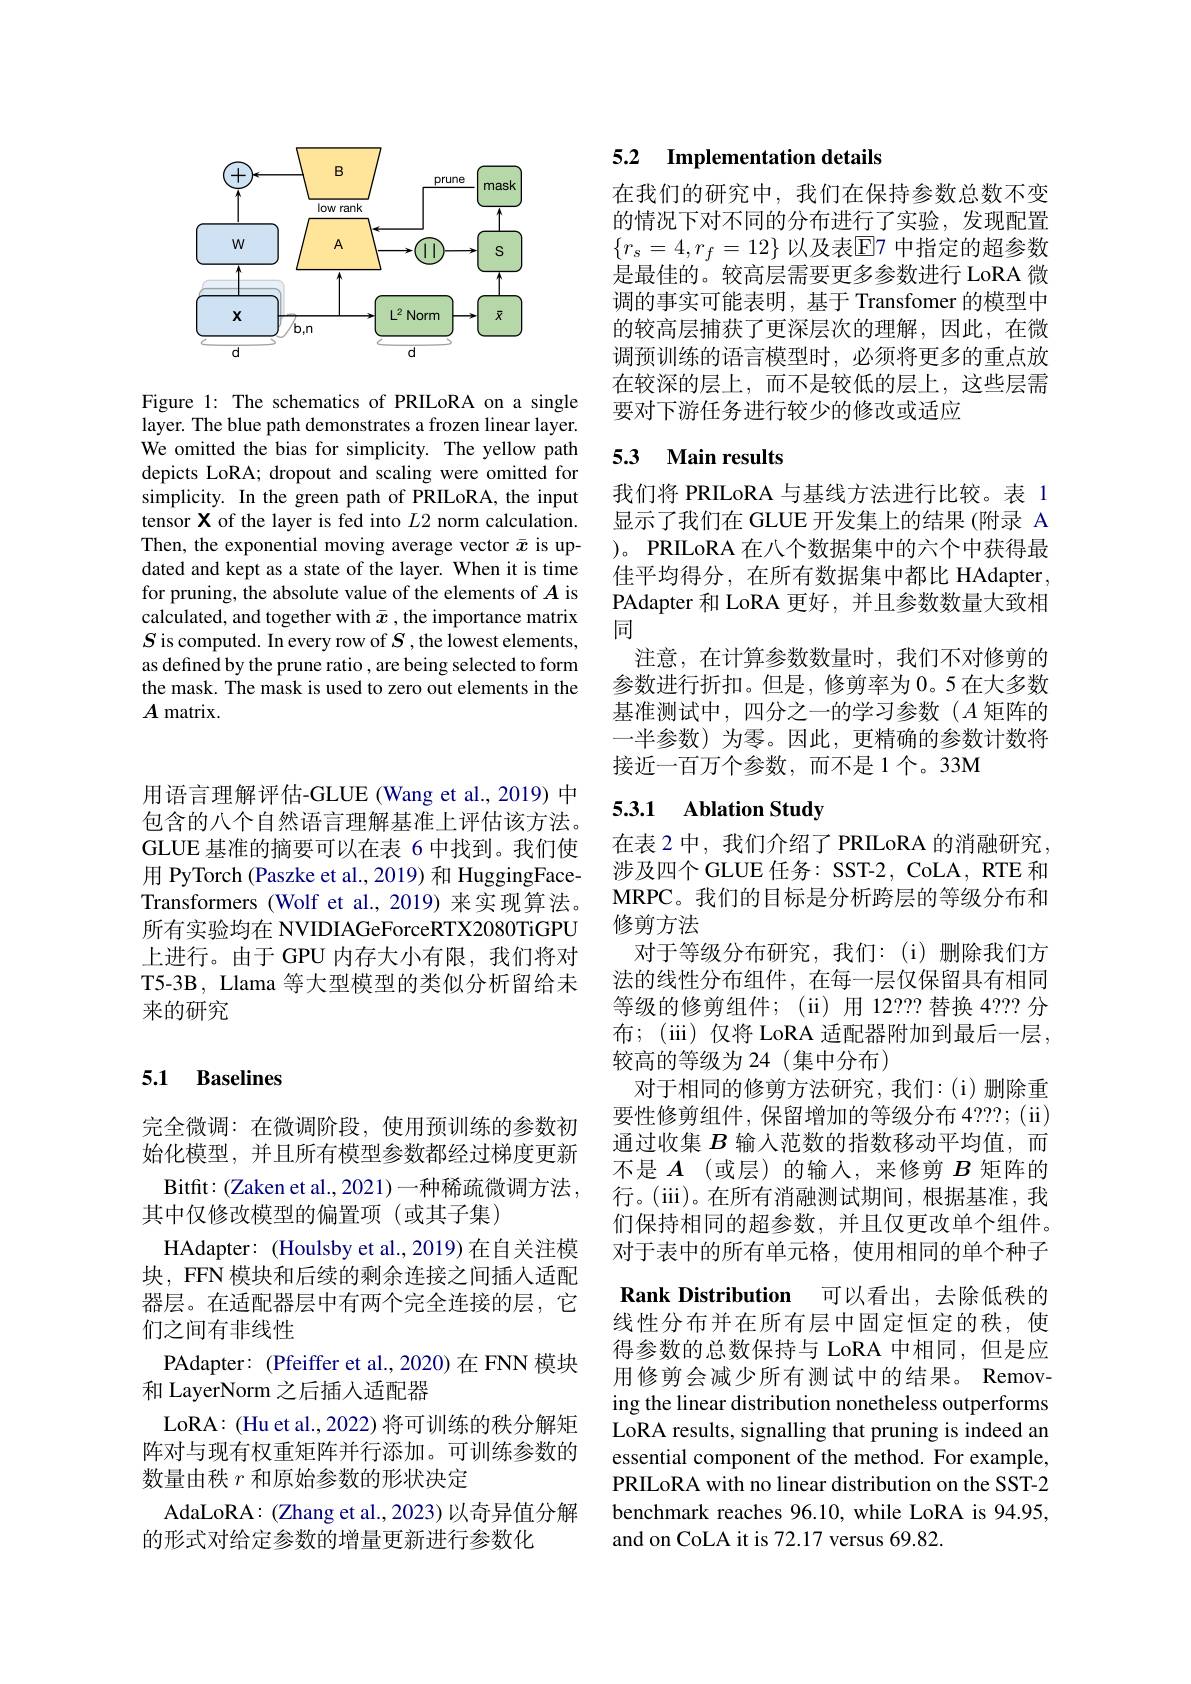
<FigureHere>

Figure 1: The schematics of PRILoRA on a single layer. The blue path demonstrates a frozen linear layer. We omitted the bias for simplicity. The yellow path depicts LoRA; dropout and scaling were omitted for simplicity. In the green path of PRILoRA, the input tensor X of the layer is fed into $L2$ norm calculation. Then, the exponential moving average vector $\bar{x}$ is updated and kept as a state of the layer. When it is time for pruning, the absolute value of the elements of $A$ is calculated, and together with $\bar{x}$ , the importance matrix $S$ is computed. In every row of $S$,the lowest elements, as defined by the prune ratio , are being selected to form the mask. The mask is used to zero out elements in the $A$ matrix.

用语言理解评估-GLUE (Wang et al., 2019) 中包含的八个自然语言理解基准上评估该方法。GLUE 基准的摘要可以在表 6 中找到。我们使用 PyTorch (Paszke et al., 2019) 和 HuggingFaceTransformers (Wolf et al.,2019) 来实现算法。所有实验均在 NVIDIAGeForceRTX2080TiGPU 上进行。由于 GPU 内存大小有限，我们将对T5-3B, Llama 等大型模型的类似分析留给未来的研究

## 5.1 Baselines

完全微调：在微调阶段，使用预训练的参数初始化模型，并且所有模型参数都经过梯度更新Bitfit:(Zaken et al., 2021)一种稀疏微调方法， 其中仅修改模型的偏置项(或其子集)
HAdapter: (Houlsby et al., 2019) 在自关注模块，FFN 模块和后续的剩余连接之间插人适配器层。在适配器层中有两个完全连接的层，它们之间有非线性
PAdapter: (Pfeiffer et al.,2020) 在 FNN 模块
和 LayerNorm 之后插人适配器
LoRA: (Hu et al., 2022) 将可训练的秩分解矩阵对与现有权重矩阵并行添加。可训练参数的数量由秩$r$和原始参数的形状决定
AdaLoRA:(Zhang et al., 2023) 以奇异值分解
的形式对给定参数的增量更新进行参数化

## 5.2 Implementation details

在我们的研究中，我们在保持参数总数不变的情况下对不同的分布进行了实验，发现配置$\{r_s=4,r_f=12\}$ 以及表$\mathbb{E}$7 中指定的超参数是最佳的。较高层需要更多参数进行 LoRA 微调的事实可能表明，基于 Transfomer 的模型中的较高层捕获了更深层次的理解，因此，在微调预训练的语言模型时，必须将更多的重点放在较深的层上，而不是较低的层上，这些层需要对下游任务进行较少的修改或适应

### 5.3 Main results

我们将 PRILoRA 与基线方法进行比较。表 1显示了我们在 GLUE 开发集上的结果 (附录 A )。PRILoRA 在八个数据集中的六个中获得最佳平均得分，在所有数据集中都比 HAdapter, PAdapter 和 LoRA 更好，并且参数数量大致相同
注意，在计算参数数量时，我们不对修剪的参数进行折扣。但是，修剪率为 0。5 在大多数基准测试中，四分之一的学习参数($A$矩阵的一半参数)为零。因此，更精确的参数计数将接近一百万个参数，而不是 1个。33M

## 5.3.1 Ablation Study

在表 2 中，我们介绍了 PRILoRA 的消融研究， 涉及四个 GLUE 任务：SST-2, CoLA, RTE 和MRPC。我们的目标是分析跨层的等级分布和修剪方法
对于等级分布研究，我们：(i)删除我们方法的线性分布组件，在每一层仅保留具有相同等级的修剪组件；(ii)用12？??替换4？??分布；(iii) 仅将 LoRA 适配器附加到最后一层， 较高的等级为 24(集中分布)
对于相同的修剪方法研究，我们：(i)删除重要性修剪组件，保留增加的等级分布 4???; (ii) 通过收集$B$输入范数的指数移动平均值，而不是$A$ (或层)的输入，来修剪$B$矩阵的行。(iii)。在所有消融测试期间，根据基准，我们保持相同的超参数，并且仅更改单个组件。对于表中的所有单元格，使用相同的单个种子Rank Distribution 可以看出，去除低秩的线性分布并在所有层中固定恒定的秩，使得参数的总数保持与 LoRA 中相同，但是应用修剪会减少所有测试中的结果。Removing the linear distribution nonetheless outperforms LoRA results, signalling that pruning is indeed an essential component of the method. For example, PRILoRA with no linear distribution on the SST-2 benchmark reaches 96.10, while LoRA is 94.95, and on CoLA it is 72.17 versus 69.82